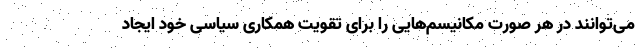
می‌توانند در هر صورت مکانیسم‌هایی را برای تقویت همکاری سیاسی خود ایجاد